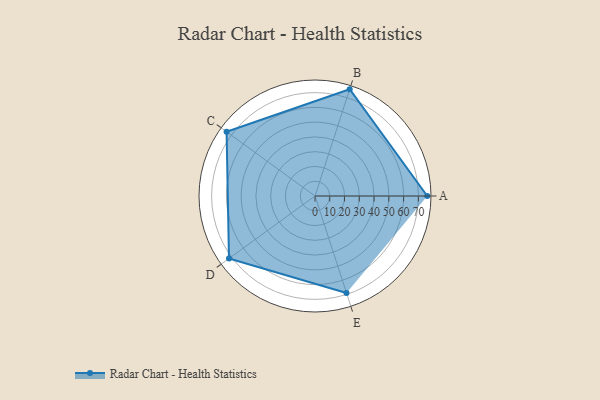
{"axis": {"x": "Skill", "y": "Score"}, "legend": ["Profile"], "data": [{"x": "A", "y": 76.0, "type": "Profile"}, {"x": "B", "y": 76.0, "type": "Profile"}, {"x": "C", "y": 74.0, "type": "Profile"}, {"x": "D", "y": 72.0, "type": "Profile"}, {"x": "E", "y": 69.0, "type": "Profile"}]}